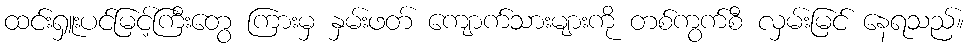
ထင်းရှူးပင်မြင့်ကြီးတွေ ကြားမှ နှမ်းဖတ် ကျောက်သားများကို တစ်ကွက်စီ လှမ်းမြင် နေရသည်။